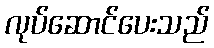
လုပ်ဆောင်ပေးသည်